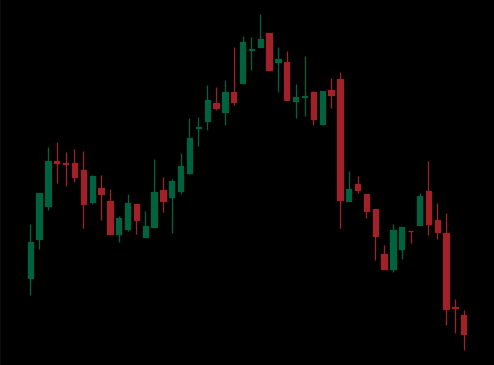
Pattern: head_shoulders